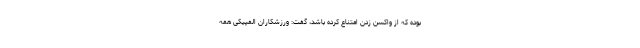
بوده که از واکسن زدن امتناع کرده باشد، گفت: ورزشکاران المپیکی همه